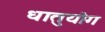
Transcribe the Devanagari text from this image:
धातुयोग